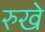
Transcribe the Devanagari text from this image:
रुखे